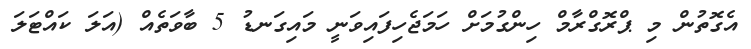
އެގޮތުން މި ޕްރޮގްރާމް ހިންގުމަށް ހަމަޖެހިފައިވަނީ މައިގަނޑު 5 ބާވަތެއް (އަލަ ކައްޓަލަ